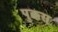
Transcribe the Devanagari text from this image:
पुक्कस